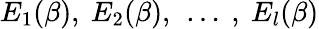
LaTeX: E_{1}(\beta),\ E_{2}(\beta),\ \dots\ ,\ E_{l}(\beta)